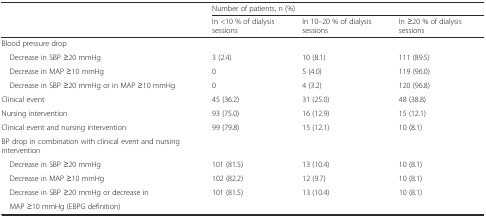
|  | <COLSPAN=3> Number of patients, n (%) |
 |  | In <10 % of dialysis sessions | In 10–20 % of dialysis sessions | In ≥20 % of dialysis sessions |
 | --- | --- | --- | --- |
 | Blood pressure drop |  |  |  |
 | Decrease in SBP ≥20 mmHg | 3 (2.4) | 10 (8.1) | 111 (89.5) |
 | Decrease in MAP ≥10 mmHg | 0 | 5 (4.0) | 119 (96.0) |
 | Decrease in SBP ≥20 mmHg or in MAP ≥10 mmHg | 0 | 4 (3.2) | 120 (96.8) |
 | Clinical event | 45 (36.2) | 31 (25.0) | 48 (38.8) |
 | Nursing intervention | 93 (75.0) | 16 (12.9) | 15 (12.1) |
 | Clinical event and nursing intervention | 99 (79.8) | 15 (12.1) | 10 (8.1) |
 | BP drop in combination with clinical event and nursing intervention |  |  |  |
 | Decrease in SBP ≥20 mmHg | 101 (81.5) | 13 (10.4) | 10 (8.1) |
 | Decrease in MAP ≥10 mmHg | 102 (82.2) | 12 (9.7) | 10 (8.1) |
 | Decrease in SBP ≥20 mmHg or decrease in | 101 (81.5) | 13 (10.4) | 10 (8.1) |
 | MAP ≥10 mmHg (EBPG definition) |  |  |  |